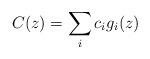
LaTeX: \begin{align*}C(z) = \sum_{i} c_{i} g_{i}(z)\end{align*}